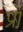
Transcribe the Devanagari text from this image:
प्रो़